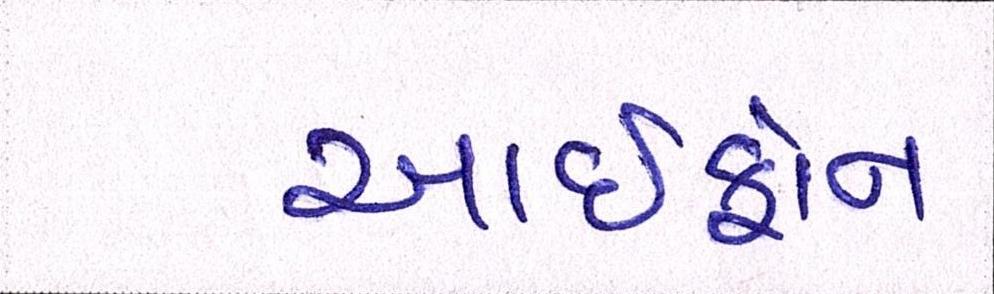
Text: આઇફોન